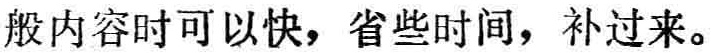
般内容时可以快，省些时间，补过来。